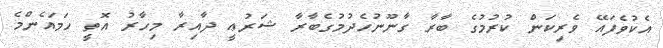
އެކުވެފައޭ ވެރިކަން ކުރުމުގެ ބާރާ ގާނޫނުހެދުމުގެބާރާ ޝަރުޢީ ދާއިރާ މިހާރު އޮތީ ހަމައެންމެ